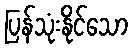
ပြန်သုံးနိုင်သော